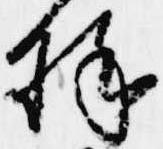
様